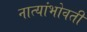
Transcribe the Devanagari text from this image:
नात्यांभोवती